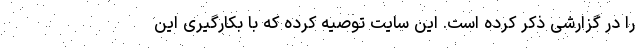
را در گزارشی ذکر کرده است. این سایت توصیه کرده که با بکارگیری این